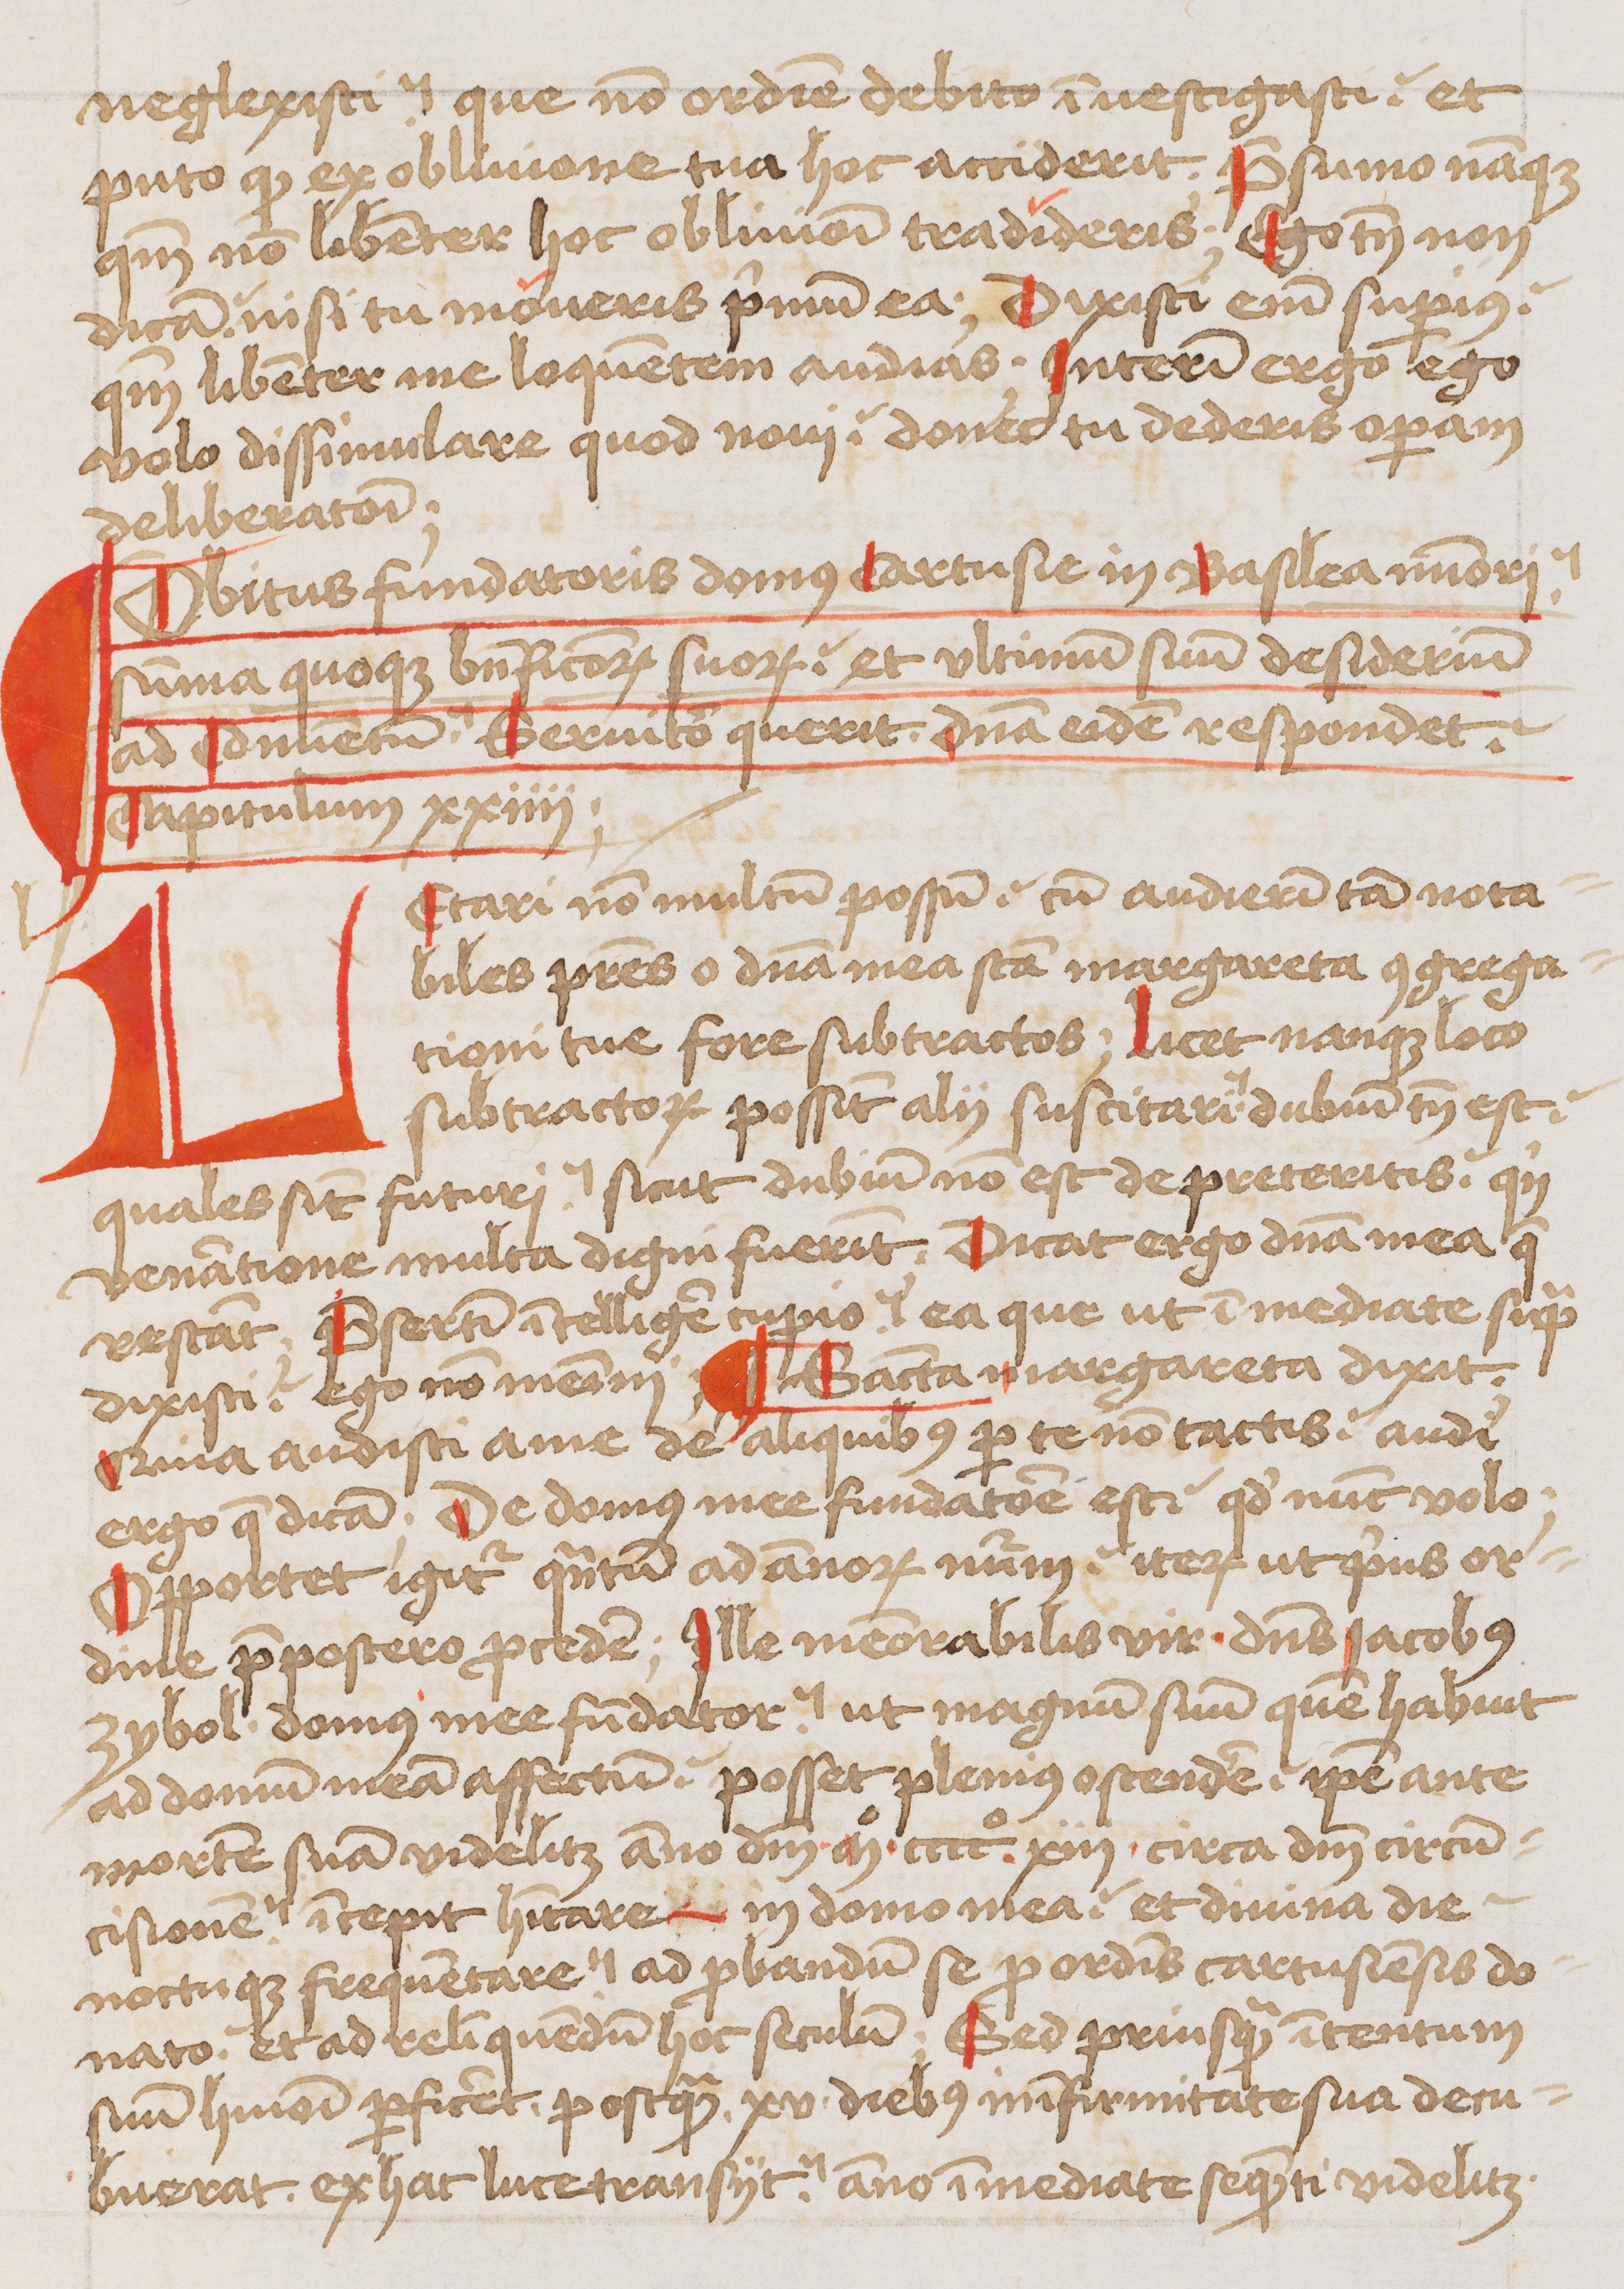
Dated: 1480–1526